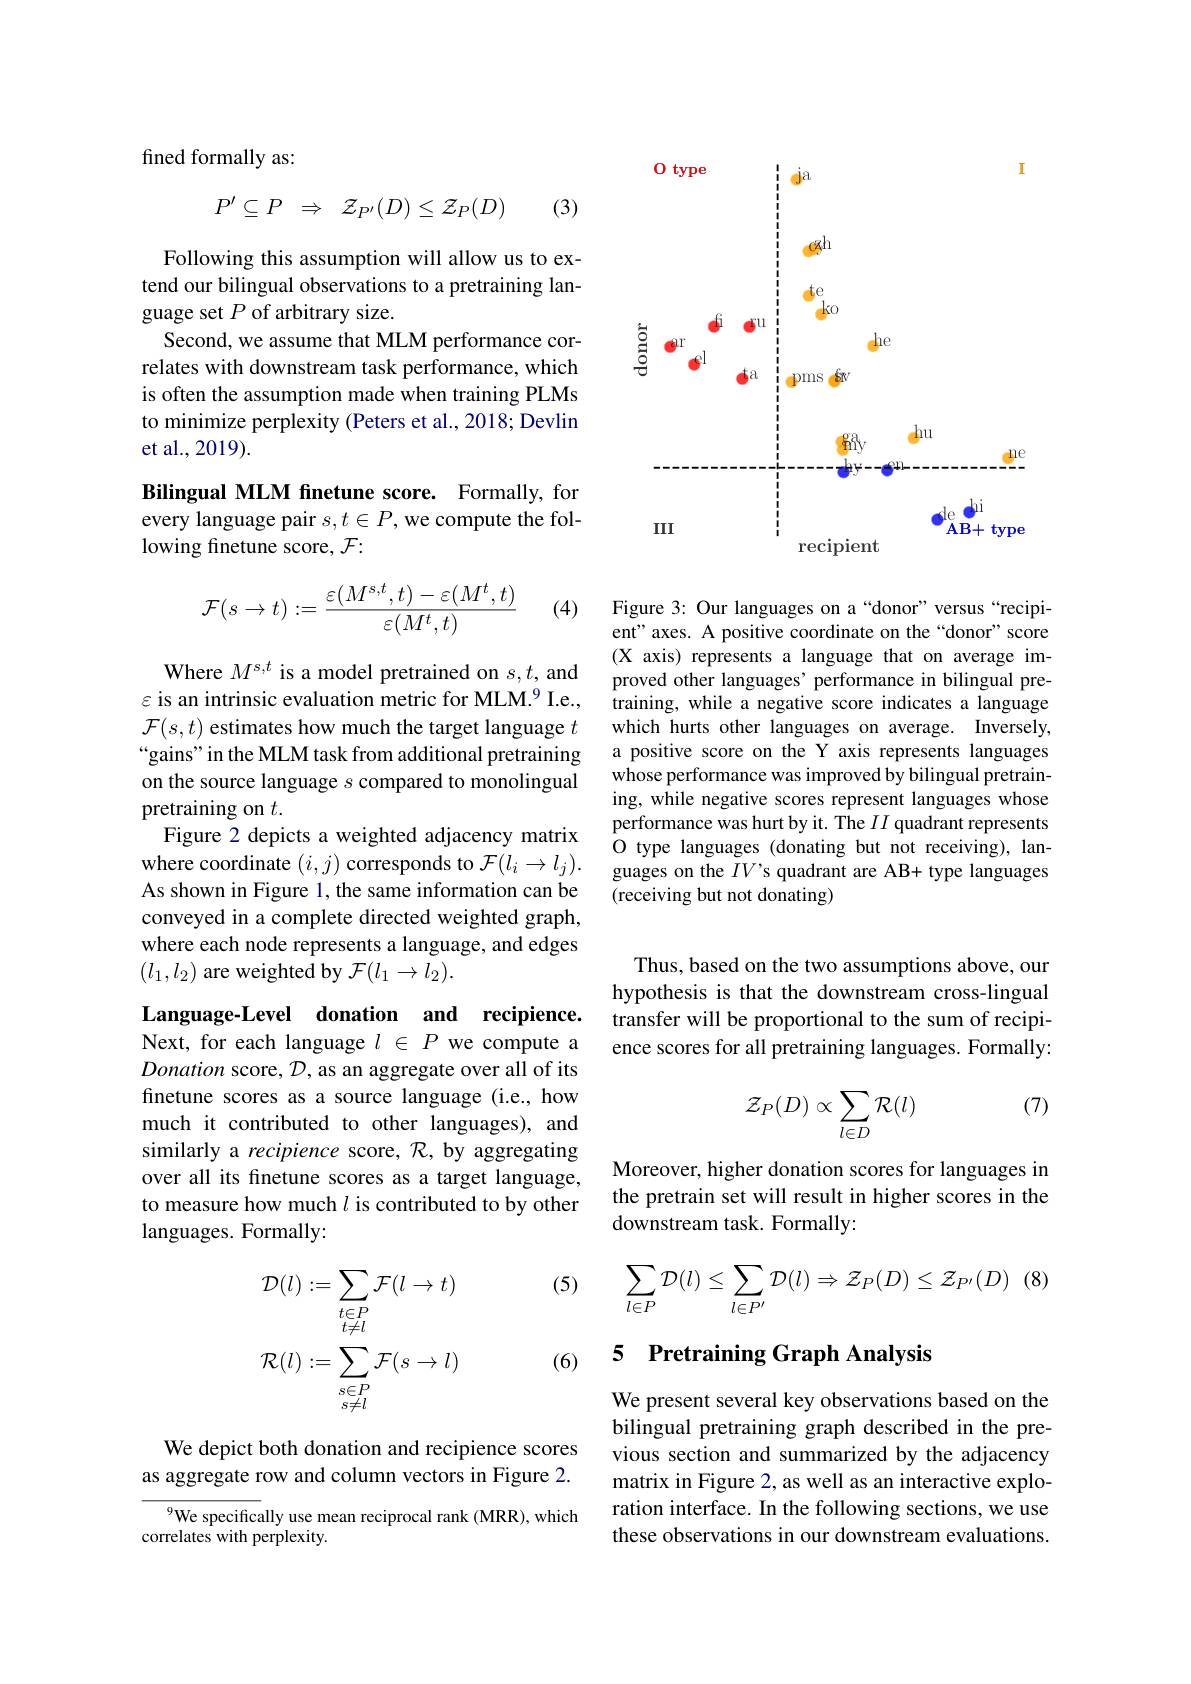
fined formally as:
$$\begin{matrix}P'\subseteq P&\Rightarrow&\mathcal{Z}_{P'}(D)\leq\mathcal{Z}_{P}(D)\end{matrix}$$
(3)

Following this assumption will allow us to extend our bilingual observations to a pretraining language set $P$ of arbitrary size.
Second, we assume that MLM performance correlates with downstream task performance, which is often the assumption made when training PLMs to minimize perplexity (Peters et al., 2018; Devlin et al.,2019).

Bilingual MLM fnetune score. Formally, for every language pair $s,t\in P$, we compute the following finetune score, $\mathcal{F}:$
$$\mathcal{F}(s\to t):=\frac{\varepsilon(M^{s,t},t)-\varepsilon(M^t,t)}{\varepsilon(M^t,t)}$$
(4)

Where $M^{s,t}$ is a model pretrained on $s,t$, and $\varepsilon$ is an intrinsic evaluation metric for MLM.$^9$ I.e., $\mathcal{F}(s,t)$ estimates how much the target language $t$ on the source language $s$ compared to monolingual pretraining on $t.$
Figure 2 depicts a weighted adjacency matrix where coordinate $(i,j)$ corresponds to $\mathcal{F}(l_i\to l_j).$ As shown in Figure l, the same information can be conveyed in a complete directed weighted graph, where each node represents a language, and edges $(l_1,l_2)$ are weighted by $\mathcal{F}(l_1\to l_2).$

Language-Level donation and recipience. Next, for each language $l\in P$ we compute a Donation score, $\mathcal{D}$, as an aggregate over all of its finetune scores as a source language (i.e., how much it contributed to other languages), and similarly a recipience score, $\mathcal{R}$, by aggregating over all its finetune scores as a target language, to measure how much $l$ is contributed to by other languages. Formally:

(5)
$$\begin{aligned}\mathcal{D}(l)&:=\sum_{\substack{t\in P\\t\neq l}}\mathcal{F}(l\to t)\\\mathcal{R}(l)&:=\sum_{\substack{s\in P\\s\neq l}}\mathcal{F}(s\to l)\end{aligned}$$
(6)

We depict both donation and recipience scores as aggregate row and column vectors in Figure 2.

$^{9}$We specifically use mean reciprocal rank (MRR), which
correlates with perplexity.

<FigureHere>

Figure 3: Our languages on a“donor”versus“recipient" axes. A positive coordinate on the“donor”score (X axis) represents a language that on average improved other languages' performance in bilingual pre- $\hat{t}$raining, while a negative score indicates a language which hurts other languages on average. Inversely,
“gains”in the MLM task from additional pretraining a positive score on the Y axis represents languages
whose performance was improved by bilingual pretraining, while negative scores represent languages whose performance was hurt by it. The $II$ quadrant represents O type languages (donating but not receiving), languages on the $IV^{\prime}$s quadrant are AB+ type languages (receiving but not donating)

Thus, based on the two assumptions above, our hypothesis is that the downstream cross-lingual transfer will be proportional to the sum of recipience scores for all pretraining languages. Formally:

(7)
$$\mathcal{Z}_P(D)\propto\sum_{l\in D}\mathcal{R}(l)$$
Moreover, higher donation scores for languages in the pretrain set will result in higher scores in the downstream task. Formally:
$$\begin{aligned}\sum_{l\in P}\mathcal{D}(l)\leq\sum_{l\in P'}\mathcal{D}(l)\Rightarrow\mathcal{Z}_P(D)\leq\mathcal{Z}_{P'}(D)\end{aligned}$$
# 5 Pretraining Graph Analysi

We present several key observations based on the bilingual pretraining graph described in the previous section and summarized by the adjacency matrix in Figure 2, as well as an interactive exploration interface. In the following sections, we use these observations in our downstream evaluations.